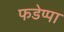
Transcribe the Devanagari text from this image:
फडेप्पा